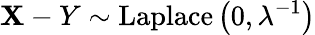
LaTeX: \mathbf{X}-Y\sim{\textrm{{Laplace}}}\left(0,\lambda^{-1}\right)